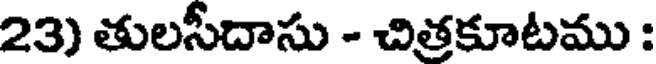
23) తులసీదాసు - చిత్రకూటము :